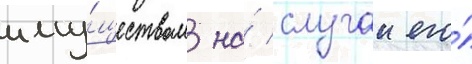
иму́ществом на́ случаи его́